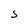
Character: S